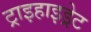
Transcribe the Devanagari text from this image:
ट्राइहाइड्रेट